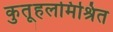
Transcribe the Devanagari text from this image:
कुतूहलमिश्रित